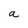
Character: a